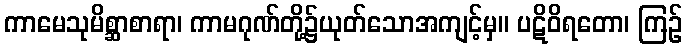
ကာမေသုမိစ္ဆာစာရာ၊ ကာမဂုဏ်တို့၌ယုတ်သောအကျင့်မှ။ ပဋိဝိရတော၊ ကြဉ်